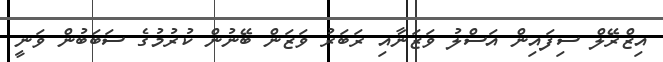
އިޒްރޭލް ސިފައިން އަސްލު ވަޒަނާއި ރަބަރު ވަޒަން ބޭނުން ކުރުމުގެ ސަބަބުން ވަނީ